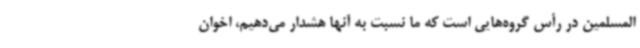
المسلمین در رأس گروه‌هایی است که ما نسبت به آنها هشدار می‌دهیم، اخوان